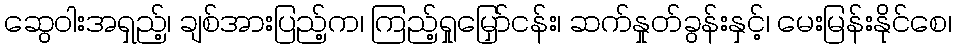
ဆွေဝါးအရှည့်၊ ချစ်အားပြည့်က၊ ကြည့်ရှုမြှော်ငန်း၊ ဆက်နှုတ်ခွန်းနှင့်၊ မေးမြန်းနိုင်စေ၊